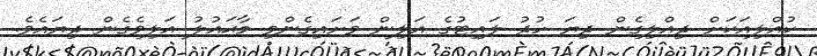
ކުއްލިއަކަށް ދިއްލިގެން ދިޔަ ހުދު ލައިޓުގެ އަލިން ވަށައިގެންވި މާޙައުލު އަލިވެގެން ދިޔައެވެ.